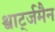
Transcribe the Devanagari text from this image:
श्वार्ट्जमैन